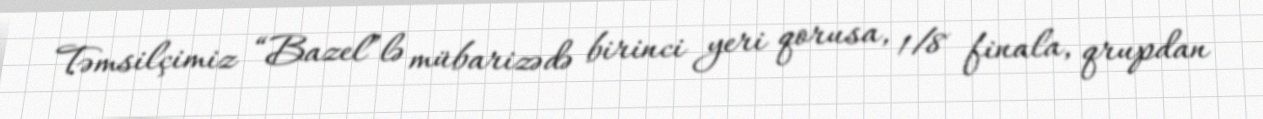
Təmsilçimiz “Bazel”lə mübarizədə birinci yeri qorusa, 1/8 finala, qrupdan